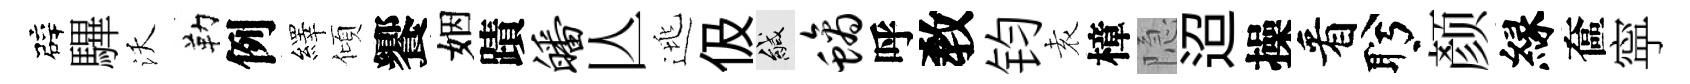
辟驆沃勒例繹傾饗姻蹟皤亾逃伋緘螭呼敎钧𡊮樟隐迢操看盻颜縁奩寜